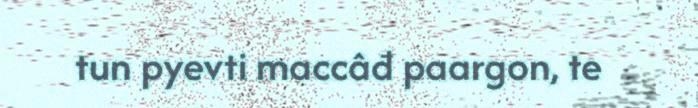
tun pyevti maccâđ paargon, te